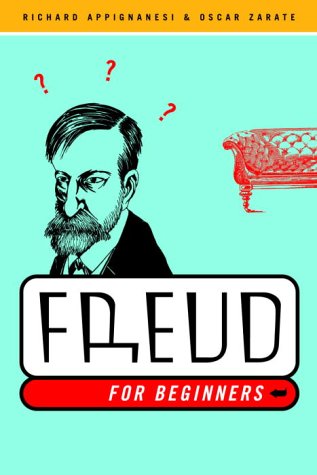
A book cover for Freud for Beginners; Richard Appignanesi; Medical Books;